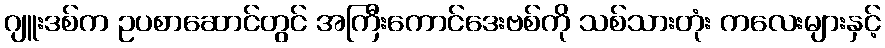
ဂျူးဒစ်က ဥပစာဆောင်တွင် အကြီးကောင်ဒေးဗစ်ကို သစ်သားတုံး ကလေးများနှင့်